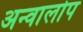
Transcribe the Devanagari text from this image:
अन्वालोप